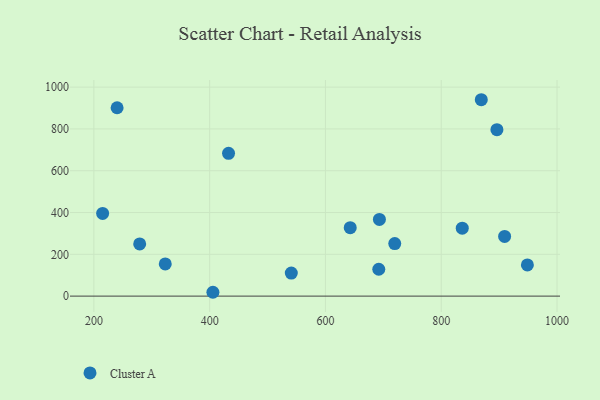
{"axis": {"x": "Speed", "y": "Fuel Efficiency"}, "legend": ["Cluster A"], "data": [{"x": "896.2", "y": 796.5, "type": "Cluster A"}, {"x": "719.7", "y": 251.6, "type": "Cluster A"}, {"x": "432.6", "y": 683.0, "type": "Cluster A"}, {"x": "279.1", "y": 249.6, "type": "Cluster A"}, {"x": "909.5", "y": 285.5, "type": "Cluster A"}, {"x": "541.0", "y": 110.5, "type": "Cluster A"}, {"x": "948.8", "y": 149.4, "type": "Cluster A"}, {"x": "692.1", "y": 128.6, "type": "Cluster A"}, {"x": "323.3", "y": 153.9, "type": "Cluster A"}, {"x": "405.6", "y": 18.4, "type": "Cluster A"}, {"x": "693.2", "y": 367.1, "type": "Cluster A"}, {"x": "869.2", "y": 939.7, "type": "Cluster A"}, {"x": "642.8", "y": 327.6, "type": "Cluster A"}, {"x": "215.1", "y": 395.6, "type": "Cluster A"}, {"x": "836.3", "y": 325.2, "type": "Cluster A"}, {"x": "240.1", "y": 901.4, "type": "Cluster A"}]}